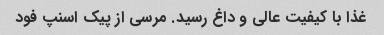
غذا با کیفیت عالی و داغ رسید. مرسی از پیک اسنپ فود